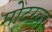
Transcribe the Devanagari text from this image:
मोटरवर